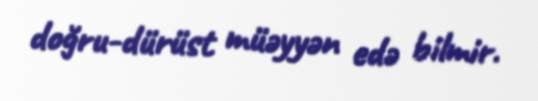
doğru-dürüst müəyyən edə bilmir.